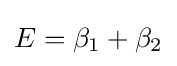
E=\beta _{1}+\beta _{2}